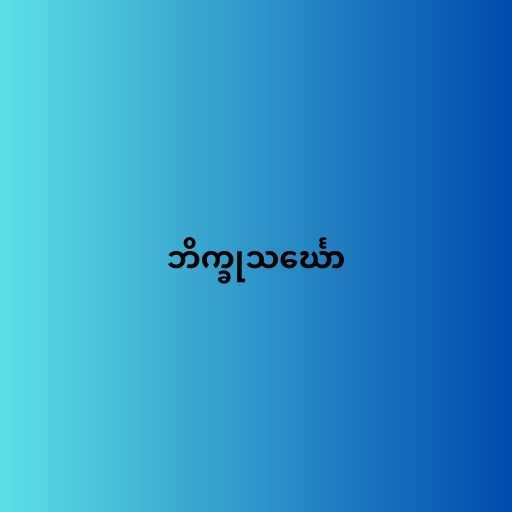
ဘိက္ခုသင်္ဃော